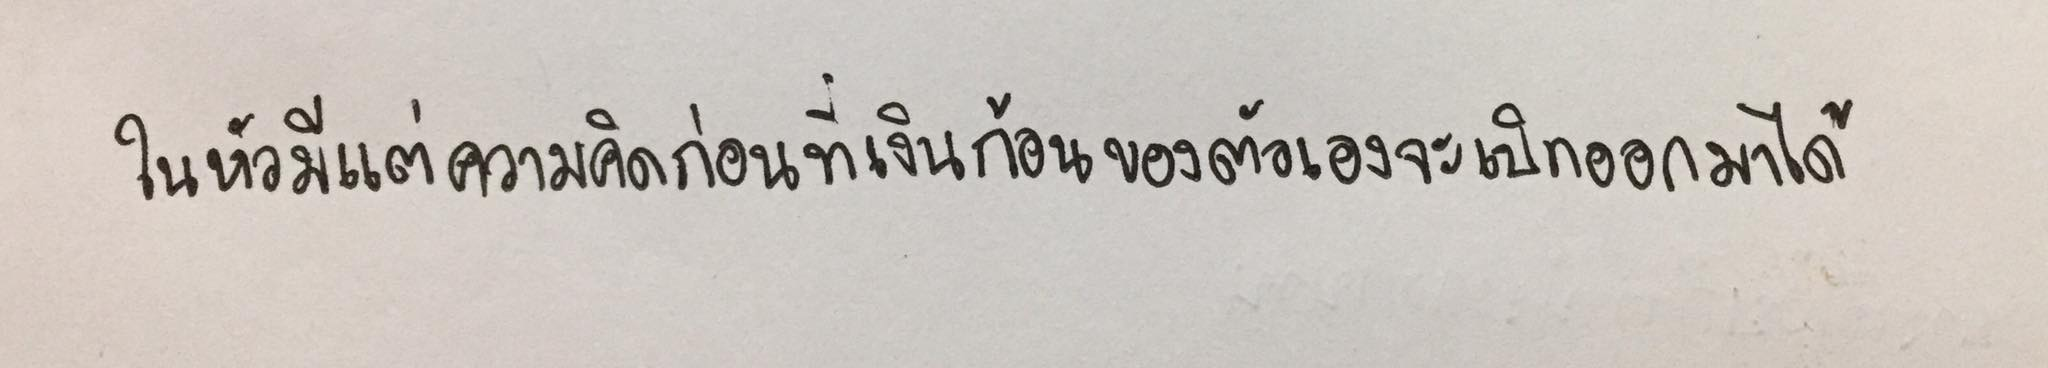
ในหัวมีแต่ความคิดก่อนที่เงินก้อนของตัวเองจะเบิกออกมาได้